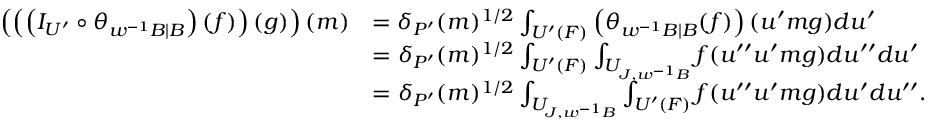
\begin{array} { r l } { \left( \left( \left( I _ { U ^ { \prime } } \circ \theta _ { w ^ { - 1 } B \mid B } \right) ( f ) \right) ( g ) \right) ( m ) } & { = \delta _ { P ^ { \prime } } ( m ) ^ { 1 / 2 } \int _ { U ^ { \prime } ( F ) } \left( \theta _ { w ^ { - 1 } B \mid B } ( f ) \right) ( u ^ { \prime } m g ) d u ^ { \prime } } \\ & { = \delta _ { P ^ { \prime } } ( m ) ^ { 1 / 2 } \int _ { U ^ { \prime } ( F ) } \int _ { U _ { J , w ^ { - 1 } B } } f ( u ^ { \prime \prime } u ^ { \prime } m g ) d u ^ { \prime \prime } d u ^ { \prime } } \\ & { = \delta _ { P ^ { \prime } } ( m ) ^ { 1 / 2 } \int _ { U _ { J , w ^ { - 1 } B } } \int _ { U ^ { \prime } ( F ) } f ( u ^ { \prime \prime } u ^ { \prime } m g ) d u ^ { \prime } d u ^ { \prime \prime } . } \end{array}